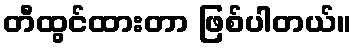
တီထွင်ထားတာ ဖြစ်ပါတယ်။